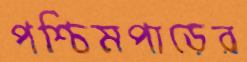
পশ্চিমপাড়ের